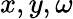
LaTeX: x,y,\omega